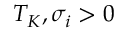
T _ { K } , \sigma _ { i } > 0